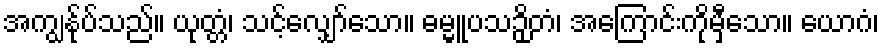
အကျွန်ုပ်သည်။ ယုတ္တံ၊ သင့်လျှော်သော။ ဓမ္မူပသဉှိတံ၊ အကြောင်းကိုမှီသော။ ယောဂံ၊